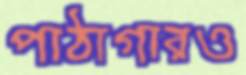
পাঠাগারও